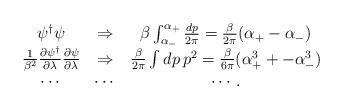
LaTeX: \begin{align*}\begin{array}{ccc}\psi^{\dagger} \psi& \Rightarrow & \beta\int_{\alpha_-}^{\alpha_+}{dp \over2\pi}={\beta\over 2\pi}(\alpha_+-\alpha_-) \\{1\over \beta^2}{\partial \psi^{\dagger} \over \partial \lambda}{\partial \psi \over \partial \lambda} &\Rightarrow &{\beta\over 2\pi}\int dp \, p^2={\beta \over 6\pi}(\alpha_+^3 +-\alpha_-^3) \\\cdots & \cdots & \cdots .\end{array}\end{align*}